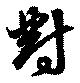
對